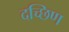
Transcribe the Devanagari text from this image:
दच्छिण